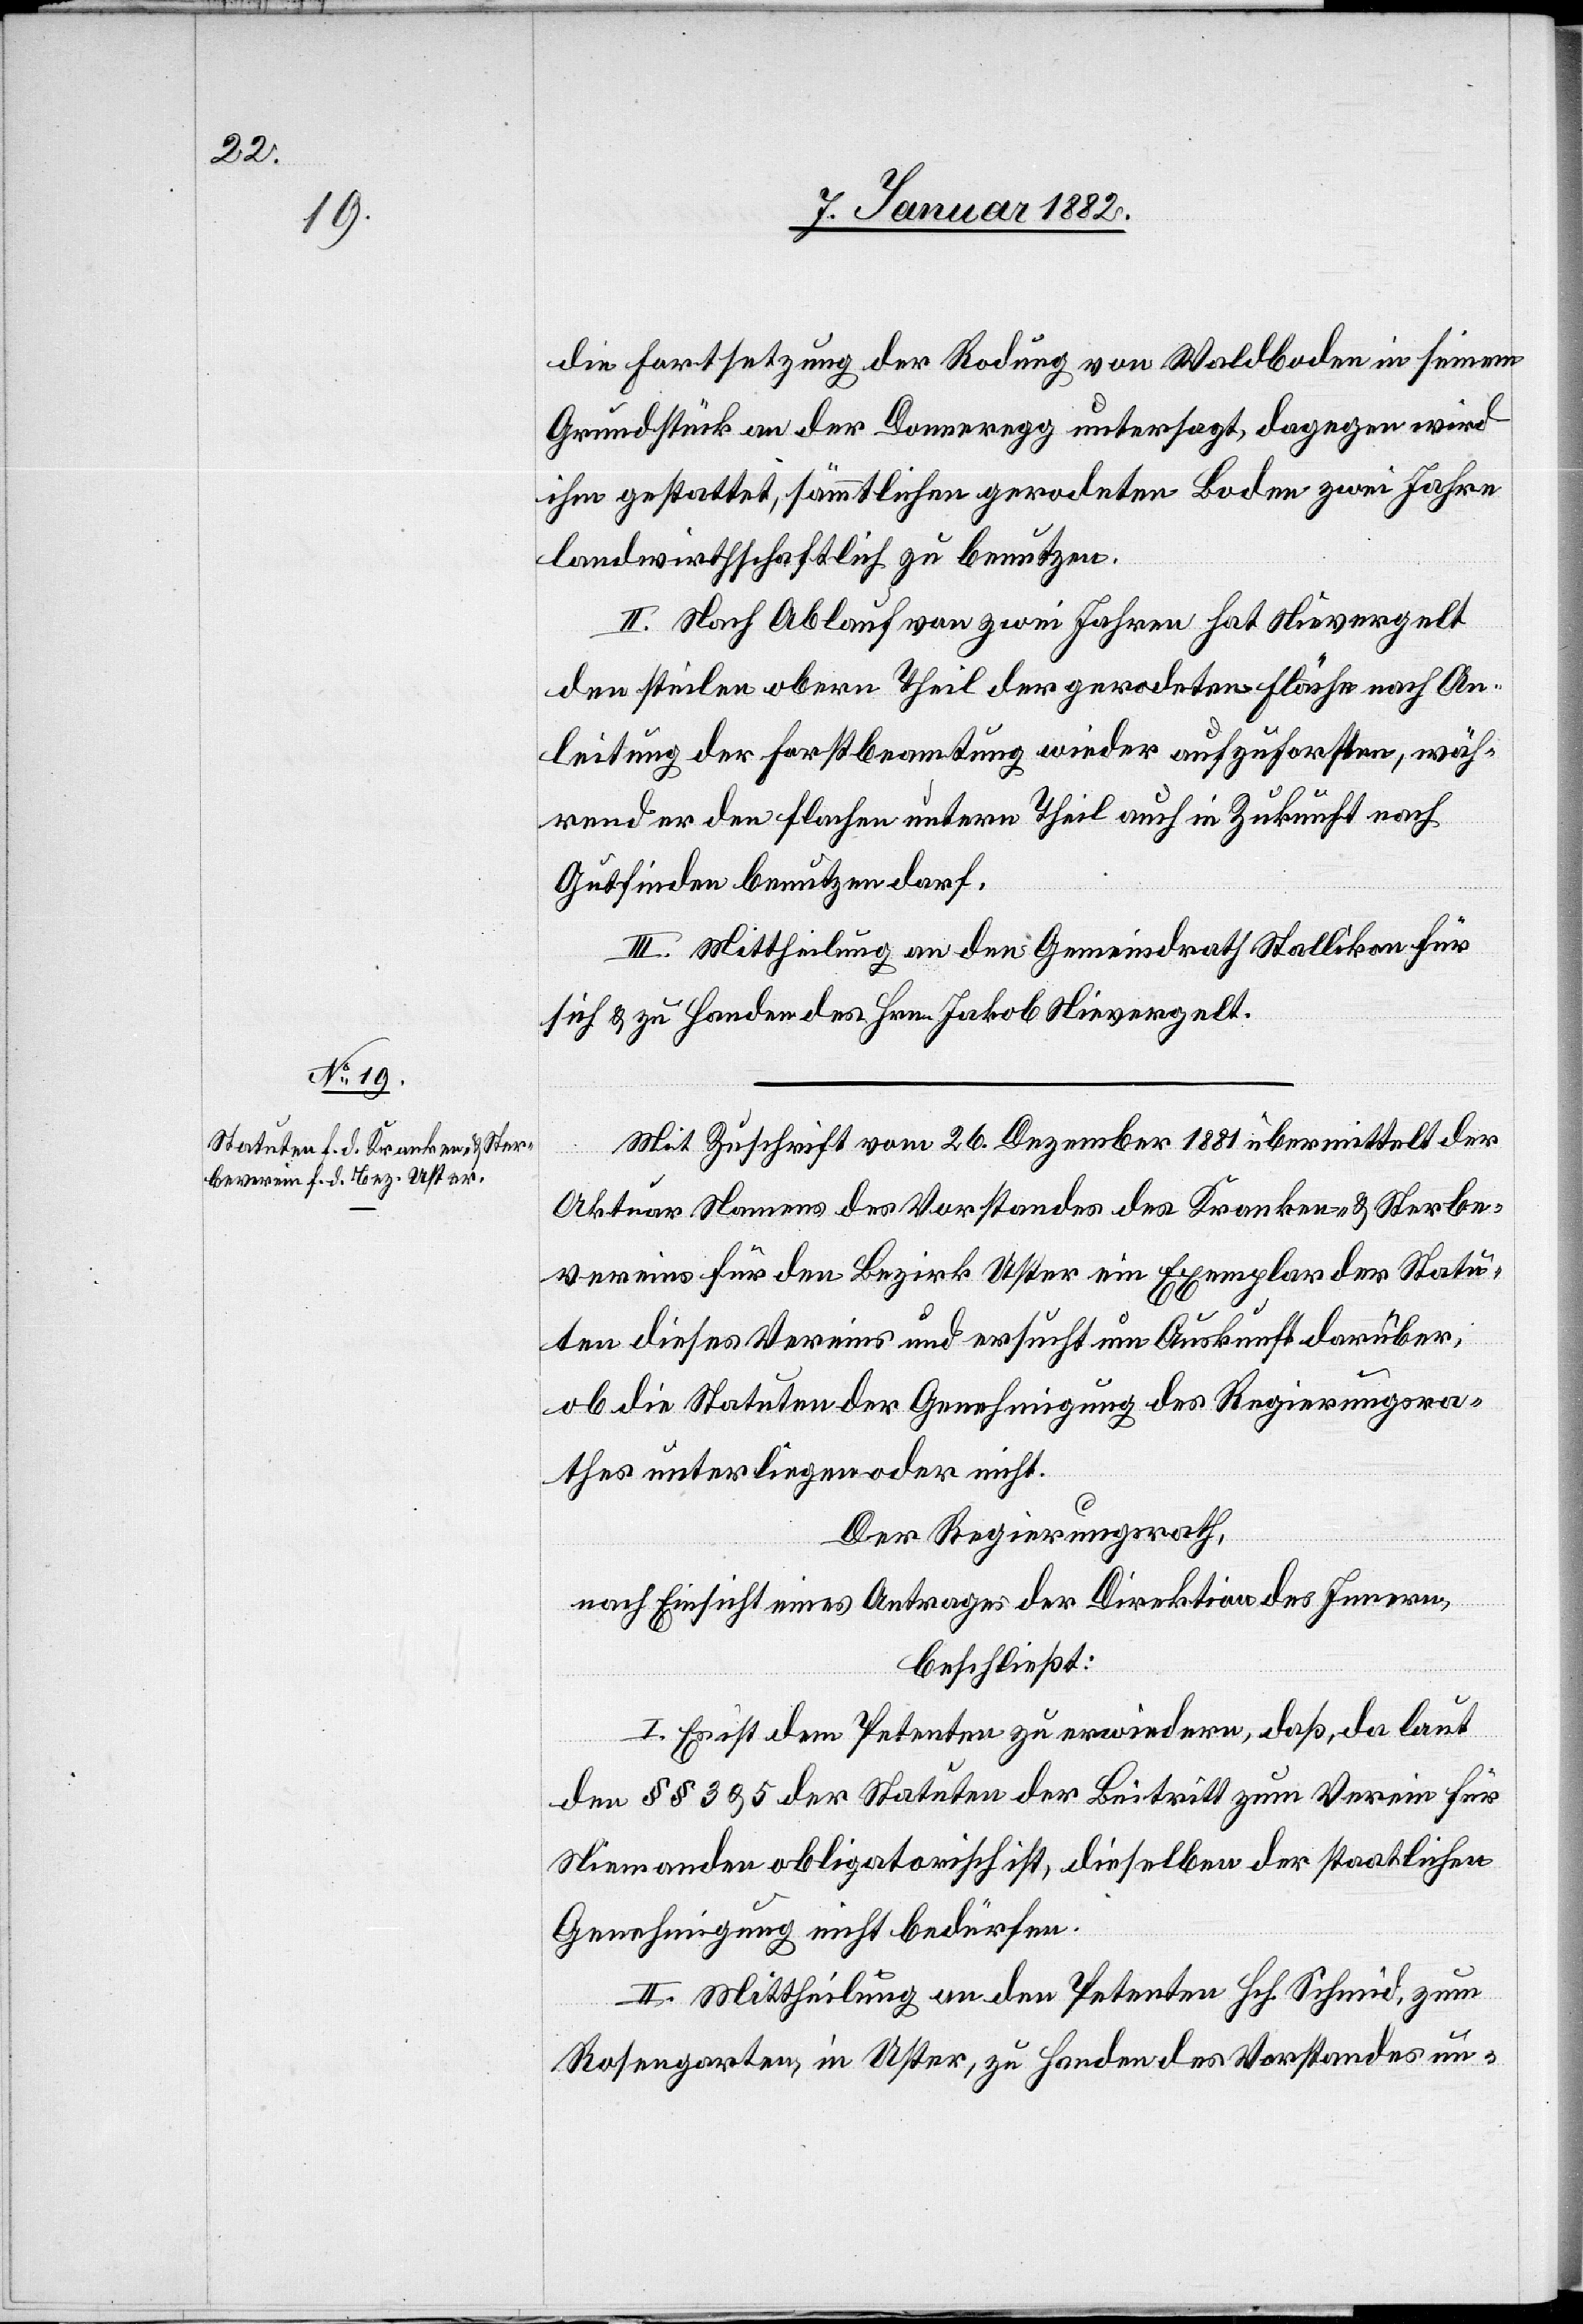
die Fortsetzung der Rodung von Waldboden in seinem
Grundstück an der Donneregg untersagt, dagegen wird
ihm gestattet, sämmtlichen gerodeten Boden zwei Jahre
landwirtschaftlich zu benutzen.
II. Nach Ablauf von zwei Jahren hat Nievergelt
den steilen obern Theil der gerodeten Fläche nach An¬
leitung der Forstbeamtung wieder aufzuforsten, wäh¬
rend er den flachen untern Theil auch in Zukunft nach
Gutfinden benutzen darf.
III. Mittheilung an den Gemeindrath Stallikon für
sich & zu Handen des Hrn. Jakob Nievergelt.
Mit Zuschrift vom 26. Dezember 1881 übermittelt der
Aktuar Namens des Vorstandes des Kranken- & Sterbe¬
vereins für den Bezirk Uster ein Exemplar der Statu¬
ten dieses Vereins und ersucht um Auskunft darüber,
ob die Statuten der Genehmigung des Regierungsra¬
thes unterliegen oder nicht.
Der Regierungsrath,
nach Einsicht eines Antrages der Direktion des Innern,
beschließt:
I. Es ist dem Petenten zu erwiedern, daß, da laut
den §§ 3 & 5 der Statuten der Beitritt zum Verein für
Niemanden obligatorisch ist, dieselben der staatlichen
Genehmigung nicht bedürfen.
II. Mittheilung an den Petenten Hch. Schmid, zum
Rosengarten, in Uster, zu Handen des Vorstandes un-